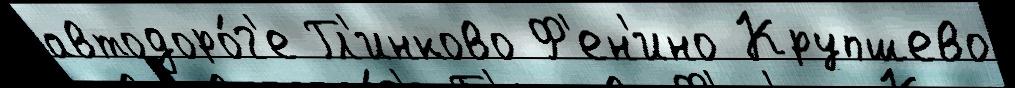
автодоро́г'е Гл'инково Ф'ен'ино Крупшево